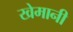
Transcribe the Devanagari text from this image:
खेमानी